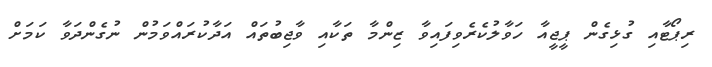
ރިޕޯޓާއި ގުޅިގެން ޕީޖީއާ ހަވާލުކެރެވިފައިވާ ޒިންމާ ތަކާއި ވާޖިބުތައް އަދާކުރައްވަމުން ނުގެންދަވާ ކަމަށް